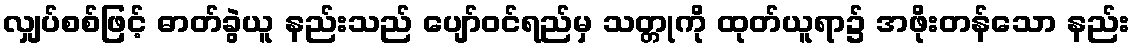
လျှပ်စစ်ဖြင့် ဓာတ်ခွဲယူ နည်းသည် ပျော်ဝင်ရည်မှ သတ္တုကို ထုတ်ယူရာ၌ အဖိုးတန်သော နည်း